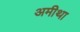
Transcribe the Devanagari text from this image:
अमीथा